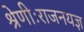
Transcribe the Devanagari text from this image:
श्रेणीःराजनयज्ञ